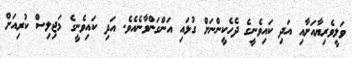
ވަލީވެރިޔާއަށާއި އަދި ކައިވެނީގެ ދެހެކީންނަށް ގުޅައި އަންގަންވާނެއެވެ. އަދި ކައިވެނީގެ މަޖިލިސް ކުރިއަށް